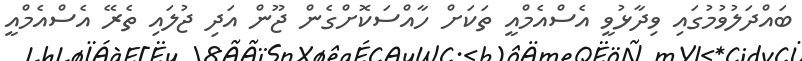
ބައްދަލުވުމުގައި ވިދާޅުވީ އެސްއެމްއީ ތަކަށް ހާއްސަކޮށްގެން ޖޫން އަދި ޖުލައި ތެރޭ އެސްއެމްއީ